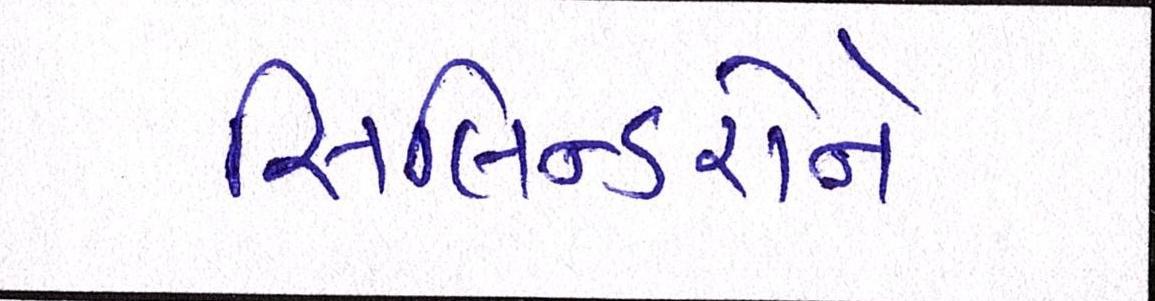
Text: સિલિન્ડરોને